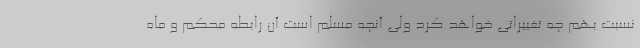
نسبت بهم چه تغییراتی خواهد کرد ولی آنچه مسلم است آن رابطه محکم و ماه